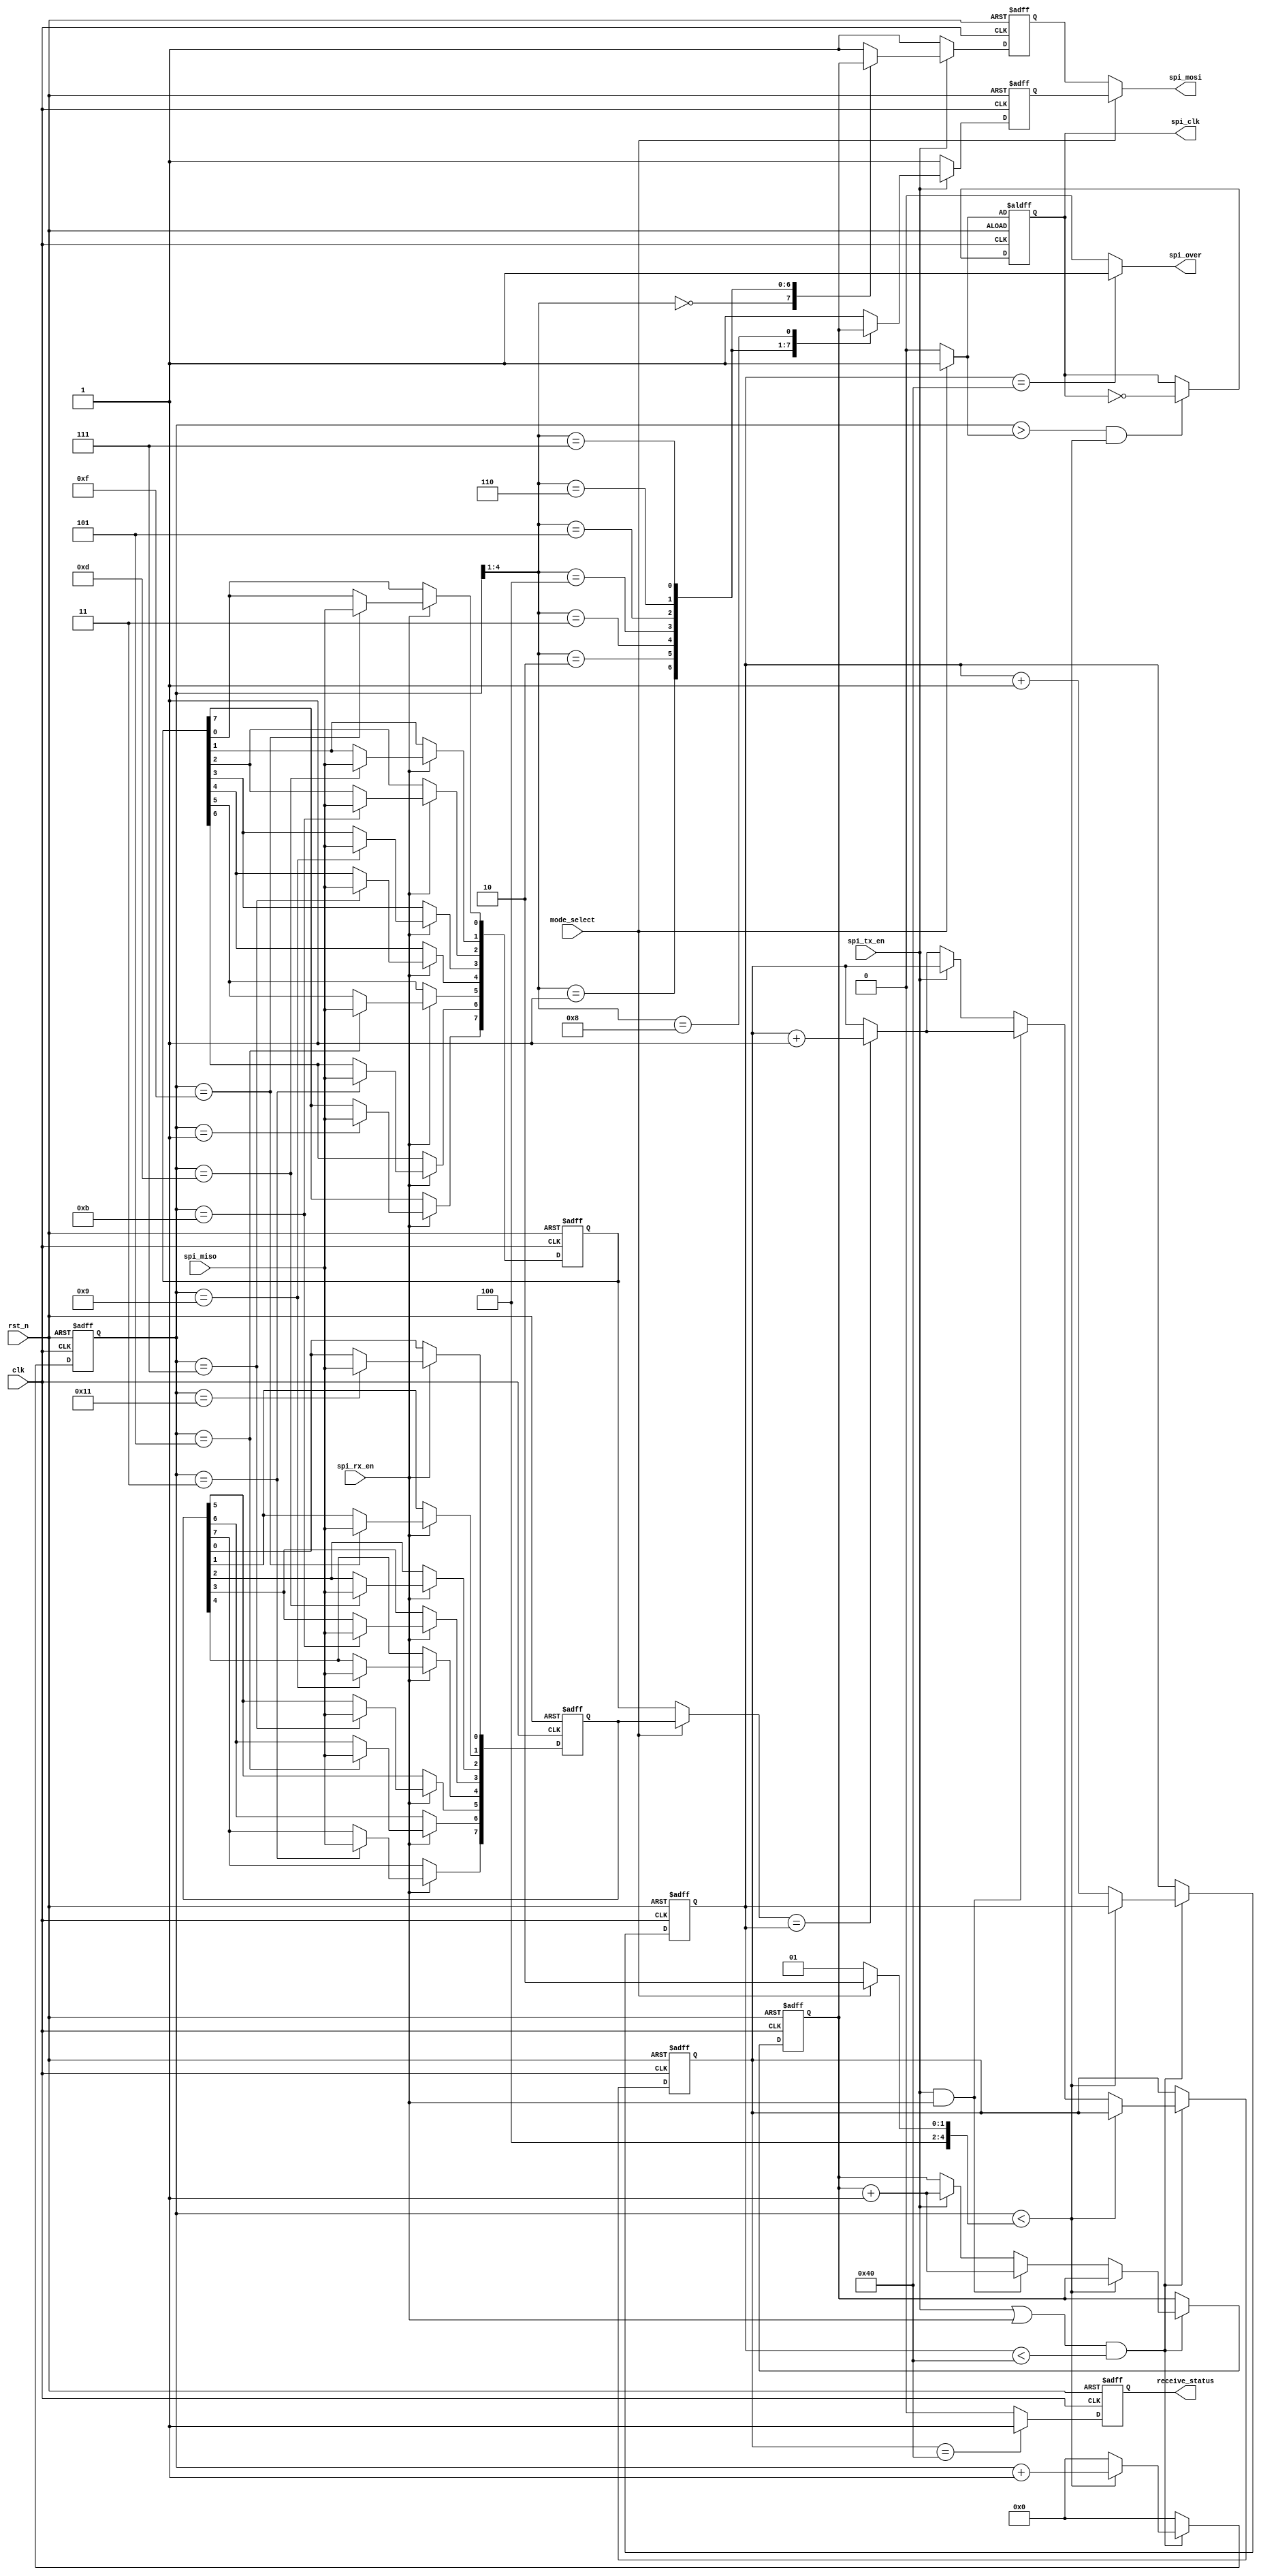
`timescale 1ns / 1ps
//**********************************************************************
// Module:spi_master
// by Robin zhang 
//**********************************************************************
module spi_master(

clk,rst_n,

spi_miso,spi_mosi,spi_clk,

spi_tx_en,spi_rx_en,spi_over,mode_select,receive_status

);

input clk;

input rst_n;

input spi_miso;

output spi_mosi;

output spi_clk;

input spi_tx_en;

output spi_over;

output receive_status;

input spi_rx_en;

input mode_select;

reg[7:0] data_count;

reg[7:0] recv_detect;

reg[7:0] spi_tx_db;

reg[4:0] cnt8;

reg spi_clkr;

reg spi_mosir;

reg spi_mosir1;

reg receive_status;

reg[7:0] spi_rx_dbr;

reg[7:0] spi_rx_dbr1;

wire[7:0] spi_rx_db;

wire[4:0] mode_reg;

wire[4:0] start_reg;
/***********************************************************************
*detect spi mode
***********************************************************************/
assign mode_reg = mode_select ? 5'd18 : 5'd17;

assign start_reg = mode_select ? 5'd1 : 5'd0;

/***********************************************************************
*control the spi timimg
***********************************************************************/
always @(posedge clk or negedge rst_n) begin
	if(!rst_n) begin
		cnt8 <= 5'd0;
		data_count <= 8'h0;
		spi_tx_db  <= 8'h0;
		recv_detect <= 8'h0;
		end
	else if((spi_tx_en || spi_rx_en) && ((data_count < 8'd64) )) begin
		if(cnt8 < mode_reg)
			cnt8 <= cnt8+1'b1;
		else begin
			if(spi_tx_en && spi_rx_en) begin
				cnt8 <= 5'd0;
				data_count <= data_count + 1'b1;
				spi_tx_db <= spi_tx_db + 1'b1;
				recv_detect <= (spi_rx_db == data_count) ? (recv_detect+1'b1) : recv_detect;
				end
			else begin
				if(spi_tx_en) begin
					cnt8 <= 5'd0;
					data_count <= data_count + 1'b1;
					spi_tx_db <= spi_tx_db + 1'b1;
				end
				else begin
					cnt8 <= 5'd0;
					data_count <= data_count + 1'b1;
					recv_detect <= (spi_rx_db == data_count) ? (recv_detect+1'b1) : recv_detect;
				end
			end
		end
	end
	else begin 
	 cnt8 <= 5'd0;
	 data_count <= data_count;
	end
end

/***********************************************************************
*generate spi clk
***********************************************************************/
always @(posedge clk or negedge rst_n) begin
	if(!rst_n)
		spi_clkr <= mode_select ? 1'b1 : 1'b0;
	else if(cnt8 > start_reg && cnt8 < mode_reg)
				spi_clkr <= ~spi_clkr;
			else
				spi_clkr <= spi_clkr;
end

assign spi_clk = spi_clkr;

/***********************************************************************
*spi master output data
***********************************************************************/
always @(posedge clk or negedge rst_n) begin
	if(!rst_n) 
		spi_mosir <= 1'b1;
	else if(spi_tx_en) begin
				case(cnt8[4:1])
				   4'd0: spi_mosir <= spi_tx_db[7];
					
					4'd1: spi_mosir <= spi_tx_db[6];

					4'd2: spi_mosir <= spi_tx_db[5];

					4'd3: spi_mosir <= spi_tx_db[4];

					4'd4: spi_mosir <= spi_tx_db[3];

					4'd5: spi_mosir <= spi_tx_db[2];

					4'd6: spi_mosir <= spi_tx_db[1];

					4'd7: spi_mosir <= spi_tx_db[0];

					default: spi_mosir <= 1'b1;
				endcase
			end
	else 
		spi_mosir <= 1'b1;
end

always @(posedge clk or negedge rst_n) begin
	if(!rst_n) 
		spi_mosir1 <= 1'b1;
	else if(spi_tx_en) begin
				case(cnt8[4:1])
				   4'd1: spi_mosir1 <= spi_tx_db[7];
					
					4'd2: spi_mosir1 <= spi_tx_db[6];

					4'd3: spi_mosir1 <= spi_tx_db[5];

					4'd4: spi_mosir1 <= spi_tx_db[4];

					4'd5: spi_mosir1 <= spi_tx_db[3];

					4'd6: spi_mosir1 <= spi_tx_db[2];

					4'd7: spi_mosir1 <= spi_tx_db[1];

					4'd8: spi_mosir1 <= spi_tx_db[0];

					default: spi_mosir1 <= 1'b1;
				endcase
			end
	else 
		spi_mosir1 <= 1'b1;
end

assign spi_mosi = mode_select ? spi_mosir1 : spi_mosir;

/***********************************************************************
*spi master input data
***********************************************************************/
always @(posedge clk or negedge rst_n) begin
	if(!rst_n) 
		spi_rx_dbr <= 8'hff;
	else if(spi_rx_en) begin
				case(cnt8)
					5'd1: spi_rx_dbr[7] <= spi_miso;	

					5'd3: spi_rx_dbr[6] <= spi_miso;	

					5'd5: spi_rx_dbr[5] <= spi_miso;	

					5'd7: spi_rx_dbr[4] <= spi_miso;	

					5'd9: spi_rx_dbr[3] <= spi_miso;	

					5'd11: spi_rx_dbr[2] <= spi_miso;	

					5'd13: spi_rx_dbr[1] <= spi_miso;	

					5'd15: spi_rx_dbr[0] <= spi_miso;	
					
					default: spi_rx_dbr <= spi_rx_dbr;
				endcase
			end
end

always @(posedge clk or negedge rst_n) begin
	if(!rst_n) 
		spi_rx_dbr1 <= 8'hff;
	else if(spi_rx_en) begin
				case(cnt8)
					5'd3: spi_rx_dbr1[7] <= spi_miso;	

					5'd5: spi_rx_dbr1[6] <= spi_miso;	

					5'd7: spi_rx_dbr1[5] <= spi_miso;	

					5'd9: spi_rx_dbr1[4] <= spi_miso;	

					5'd11: spi_rx_dbr1[3] <= spi_miso;	

					5'd13: spi_rx_dbr1[2] <= spi_miso;	

					5'd15: spi_rx_dbr1[1] <= spi_miso;	

					5'd17: spi_rx_dbr1[0] <= spi_miso;	
					
					default: spi_rx_dbr1 <= spi_rx_dbr1;
				endcase
			end
end

assign spi_rx_db = mode_select ? spi_rx_dbr1 : spi_rx_dbr;

assign spi_over = (data_count == 8'd64) ? 1'b1 :1'b0;

always @(posedge clk or negedge rst_n) begin
	if(!rst_n) 
		receive_status <= 1'b0;
	else
		receive_status <= (recv_detect == 8'd64) ? 1'b1 : 1'b0;
end

endmodule